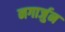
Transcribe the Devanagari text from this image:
नगार्जुन